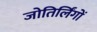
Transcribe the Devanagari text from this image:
जोतिर्लिंगों